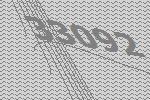
33092